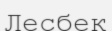
Лесбек